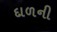
દાળની